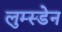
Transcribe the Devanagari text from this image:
लुम्स्डेन